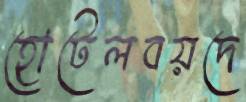
হোটেলবয়দে